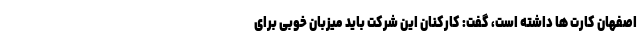
اصفهان کارت ها داشته است، گفت: کارکنان این شرکت باید میزبان خوبی برای